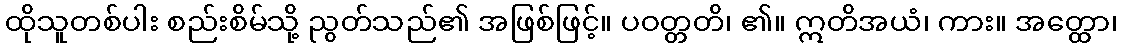
ထိုသူတစ်ပါး စည်းစိမ်သို့ ညွတ်သည်၏ အဖြစ်ဖြင့်။ ပဝတ္တတိ၊ ၏။ ဣတိအယံ၊ ကား။ အတ္ထော၊